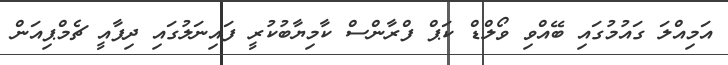
އަމިއްލަ ގައުމުގައި ބޭއްވި ވޯލްޑް ކަޕް ފްރާންސް ކާމިޔާބުކުރީ ފައިނަލުގައި ދިފާއީ ޗެމްޕިއަން